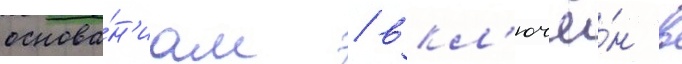
основа́н'иам / вкл'ючё́н в